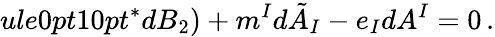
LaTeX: ule{0pt}{10pt}^{*}dB_{2})+m^{I}d\tilde{A}_{I}-e_{I}dA^{I}=0\, .